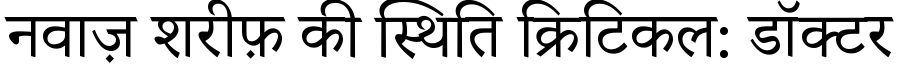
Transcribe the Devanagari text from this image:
नवाज़ शरीफ़ की स्थिति क्रिटिकल: डॉक्टर